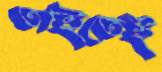
তাইতেই